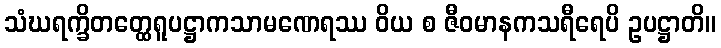
သံဃရက္ခိတတ္ထေရူပဋ္ဌာကသာမဏေရဿ ဝိယ စ ဇီဝမာနကသရီရေပိ ဥပဋ္ဌာတိ။